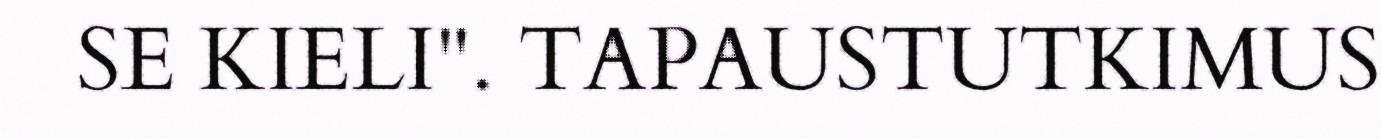
SE KIELI". TAPAUSTUTKIMUS